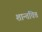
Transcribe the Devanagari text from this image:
शान्तचित्त